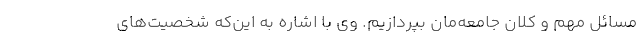
مسائلِ مهم و کلانِ جامعه‌مان بپردازیم. وی با اشاره به این‌که شخصیت‌های